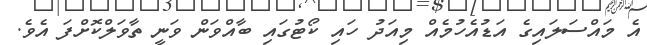
އެ މައްސަލައިގެ އަޑުއެހުމެއް މިއަދު ހައި ކޯޓުގައި ބާއްވަން ވަނީ ތާވަލްކޮށްފަ އެވެ.